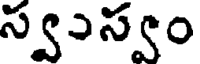
స్వుస్వం